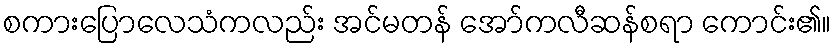
စကားပြောလေသံကလည်း အင်မတန် အော်ကလီဆန်စရာ ကောင်း၏။